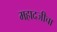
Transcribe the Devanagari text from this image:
महादजीचा